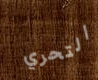
التحري